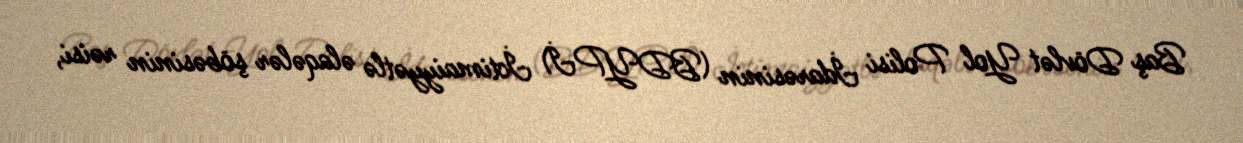
Baş Dövlət Yol Polisi İdarəsinin (BDYPİ) İctimaiyyətlə əlaqələr şöbəsinin rəisi,